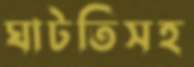
ঘাটতিসহ